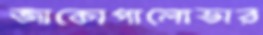
জাকোপালোভার